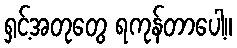
ရှင့်အတုတွေ ရကုန်တာပေါ့။